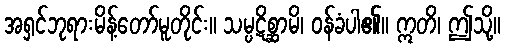
အရှင်ဘုရားမိန့်တော်မူတိုင်း။ သမ္ပဋိစ္ဆာမိ၊ ဝန်ခံပါ၏။ ဣတိ၊ ဤသို့။